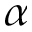
\alpha